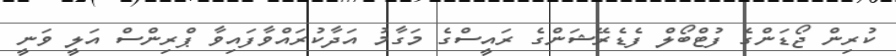
ކުރިން ޖޯޑަންގެ ފުޓްބޯލް ފެޑެރޭޝަންގެ ރައީސްގެ މަގާމު އަދާކުރައްވާފައިވާ ޕްރިންސް އަލީ ވަނީ